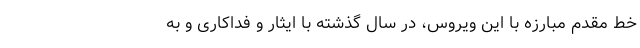
خط مقدم مبارزه با این ویروس، در سال گذشته با ایثار و فداکاری و به